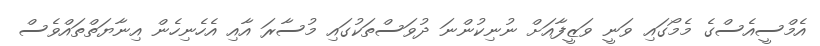
އެމްސީއެސްގެ މެމޯގައި ވަނީ ވަޒީފާއަށް ނުނިކުންނަ ދުވަސްތަކުގައި މުސާރަ އާއި އެހެނިހެން އިނާޔަތްތައްވެސް